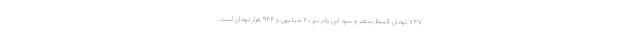
۷۳۷ تومان قسط بدهد و سود این وام نیز ۲۰ میلیون و ۹۴۴ هزار تومان است.